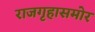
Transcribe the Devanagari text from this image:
राजगृहासमोर